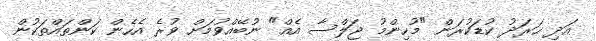
އަދި ޙަރަދު ކުޑަކުރަން "މުހިންމު ޖަލްސާ އެއް" ނުބޭއްވުމަށް ވުރެ އެހެން ކަންތައްތަކުން